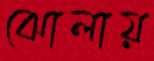
ঝোলায়